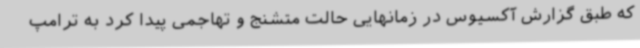
که طبق گزارش آکسیوس در زمانهایی حالت متشنج و تهاجمی پیدا کرد به ترامپ